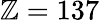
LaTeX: \mathbb{Z}=137